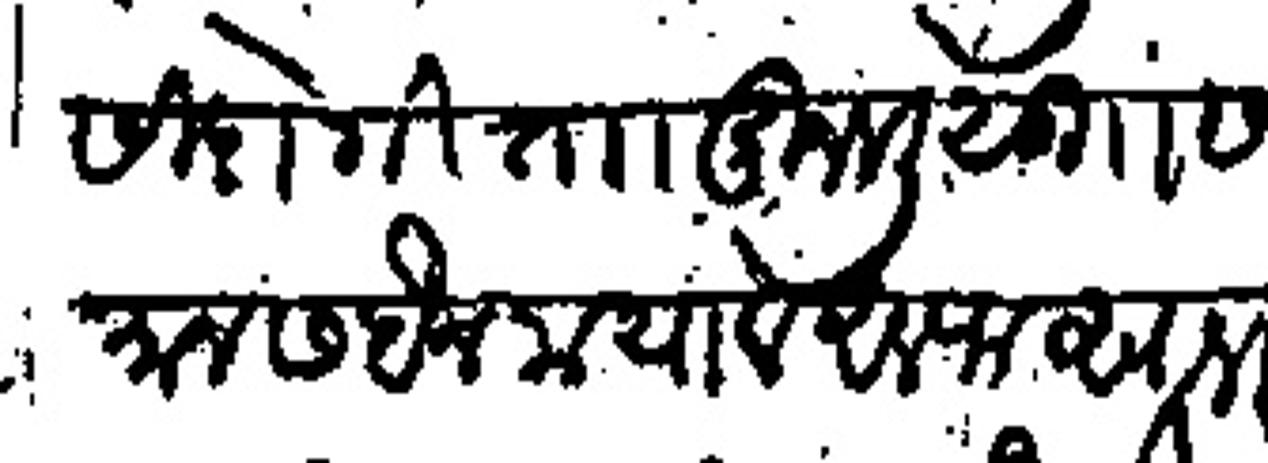
Transliteration (Devanagari): सिदोगी ताा मुनवली सु समान सबैन मया व आलफ साल